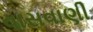
વાસવાણી